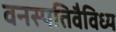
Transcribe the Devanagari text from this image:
वनस्पतिवैविध्य